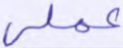
عملي